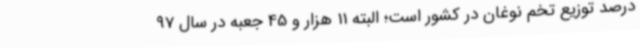
درصد توزیع تخم نوغان در کشور است؛ البته 11 هزار و 45 جعبه در سال 97